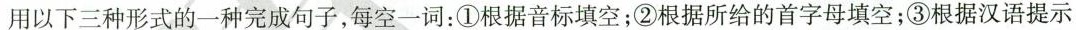
用以下三种形式的一种完成句子,每空一词:①根据音标填空;②根据所给的首字母填空;③根据汉语提示